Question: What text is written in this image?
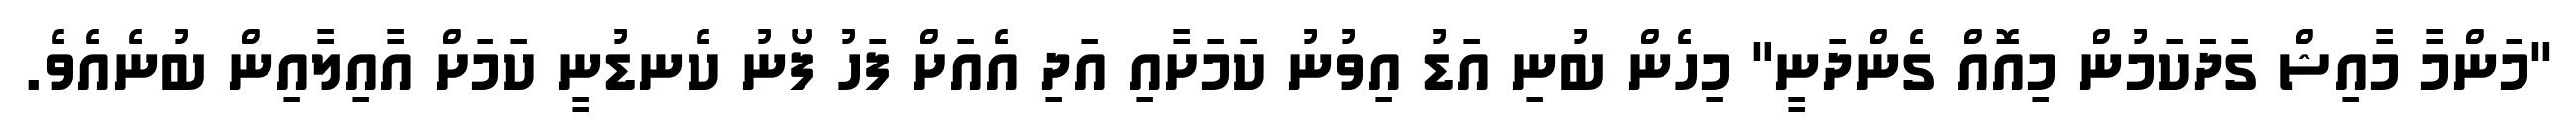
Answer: "މަންމާ މާއިޝް ގަދަކަމުން މިއޮއް ގެންދަނީ" މިހެން ބުނި އަޑު އިވުނު ކަމަށާއި އަދި އެއަށް ފަހު ފޯނު ކެނޑުނީ ކަމަށް އާއިލާއިން ބުނެއެވެ.